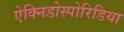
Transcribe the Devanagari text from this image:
ऐक्निडोस्पोरिडिया